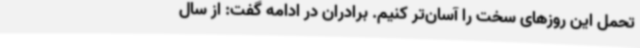
تحمل این روزهای سخت را آسان‌تر کنیم. برادران در ادامه گفت: از سال